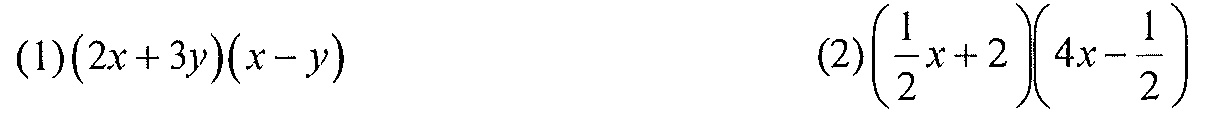
(1)\((2x + 3y)(x - y)\)  (2)\(\left(\frac{1}{2}x + 2\right)\left(4x-\frac{1}{2}\right)\)